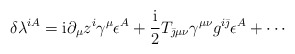
\begin{align*}\delta\lambda^{iA} = {\rm i} \partial_\mu z^i \gamma^\mu\epsilon^A + {{\rm i} \over 2}T_{\bar \jmath\mu\nu} \gamma^{\mu \nu}g^{i\bar\jmath}\epsilon^A + \cdots\end{align*}